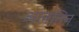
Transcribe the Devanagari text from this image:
अलतिन